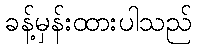
ခန့်မှန်းထားပါသည်